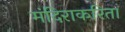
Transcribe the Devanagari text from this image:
मंदिराकरिता